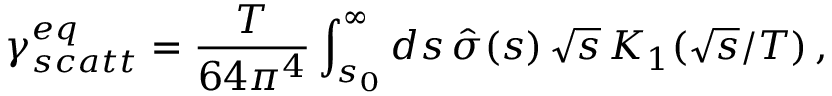
\gamma _ { s c a t t } ^ { e q } = \frac { T } { 6 4 \pi ^ { 4 } } \int _ { s _ { 0 } } ^ { \infty } d s \, \hat { \sigma } ( s ) \, \sqrt { s } \, K _ { 1 } ( \sqrt { s } / T ) \, ,